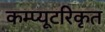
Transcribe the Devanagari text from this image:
कम्प्यूटरिकृत